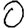
Digit: 0